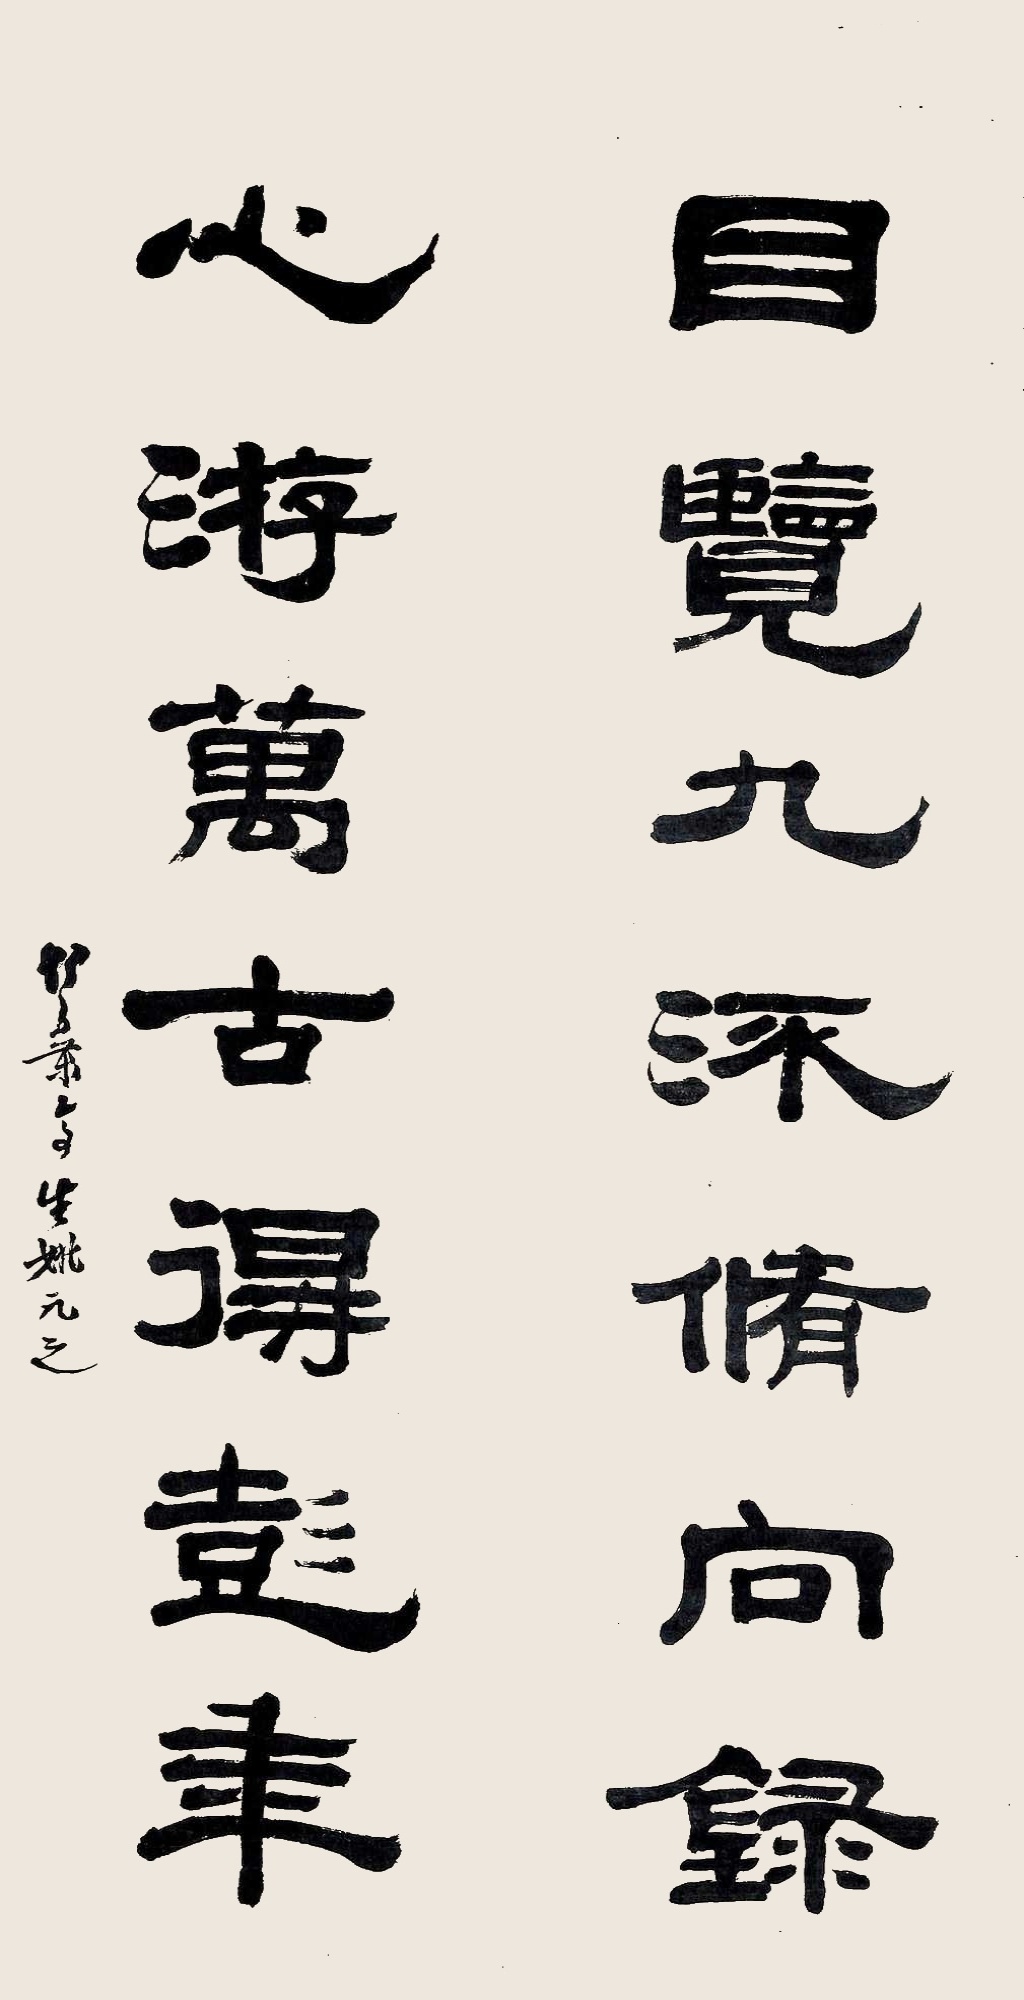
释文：目揽九流修向录，心游万古得彭年。竹叶亭生姚元之。